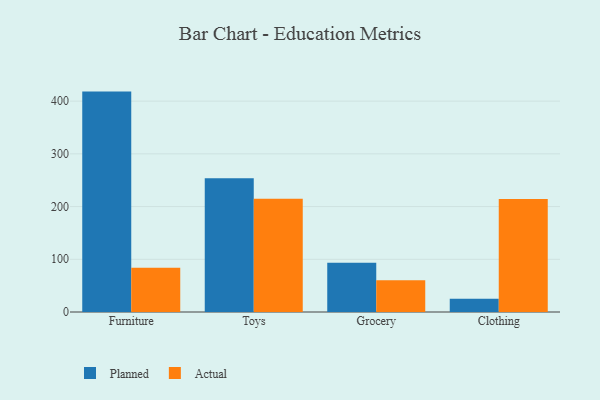
{"axis": {"x": "Category", "y": "Demand Index"}, "legend": ["Actual", "Planned"], "data": [{"x": "Furniture", "y": 418.1, "type": "Planned"}, {"x": "Furniture", "y": 83.8, "type": "Actual"}, {"x": "Toys", "y": 253.6, "type": "Planned"}, {"x": "Toys", "y": 214.9, "type": "Actual"}, {"x": "Grocery", "y": 93.2, "type": "Planned"}, {"x": "Grocery", "y": 60.0, "type": "Actual"}, {"x": "Clothing", "y": 25.1, "type": "Planned"}, {"x": "Clothing", "y": 214.3, "type": "Actual"}]}